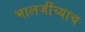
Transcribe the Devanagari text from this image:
भालजींच्याच